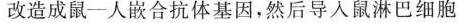
改造成鼠-人嵌合抗体基因，然后导人鼠淋巴细胞